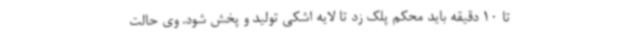
تا 10 دقیقه باید محکم پلک زد تا لایه اشکی تولید و پخش شود. وی حالت